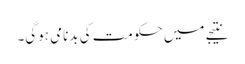
نتیجے میں حکومت کی بدنامی ہوگی۔